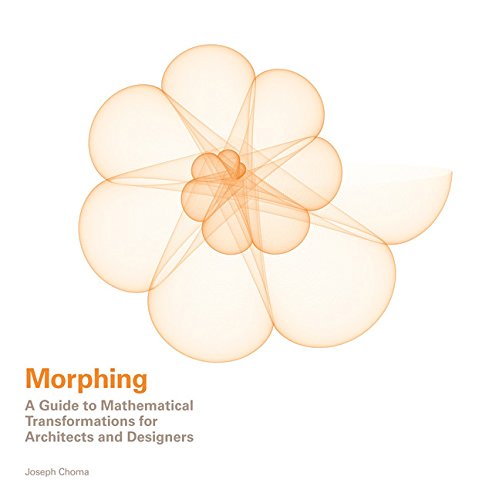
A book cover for Morphing: A Guide to Mathematical Transformations for Architects and Designers; Joseph Choma; Science & Math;